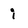
Character: i